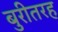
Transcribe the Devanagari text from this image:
बुरीतरह